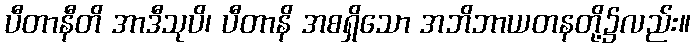
ပီတာနီတိ အာဒီသုပိ၊ ပီတာနိ အစရှိသော အဘိဘာယတနတို့၌လည်း။